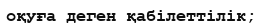
оқуға деген қабілеттілік;